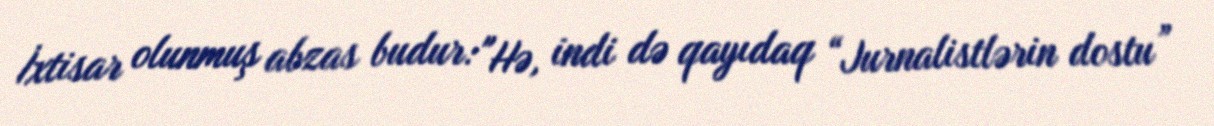
İxtisar olunmuş abzas budur: "Hə, indi də qayıdaq “Jurnalistlərin dostu”